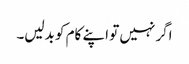
اگر نہیں تو اپنے کام کو بدلیں۔